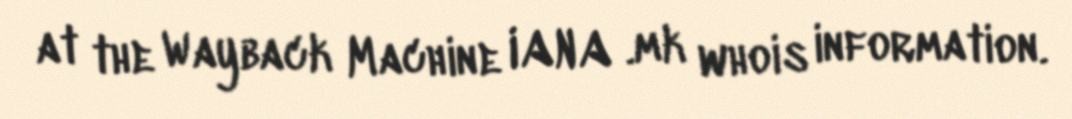
at the Wayback Machine IANA .mk whois information.